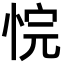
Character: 𪫻